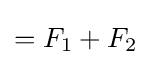
=F_{1}+F_{2}